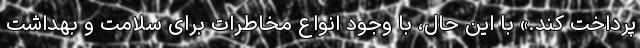
پرداخت کند.» با این حال، با وجود انواع مخاطرات برای سلامت و بهداشت